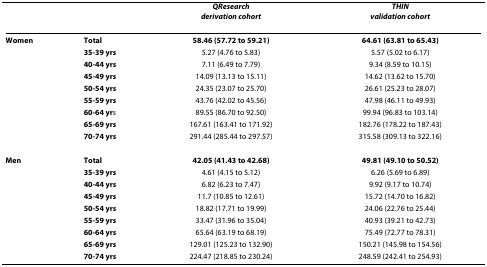
<table><thead><tr><td></td><td></td><td><b><i>QResearch</i><i>derivation cohort</i></b></td><td><b><i>THIN</i><i>validation cohort</i></b></td></tr></thead><tbody><tr><td><b>Women</b></td><td><b>Total</b></td><td><b>58.46 (57.72 to 59.21)</b></td><td><b>64.61 (63.81 to 65.43)</b></td></tr><tr><td></td><td><b>35-39 yrs</b></td><td>5.27 (4.76 to 5.83)</td><td>5.57 (5.02 to 6.17)</td></tr><tr><td></td><td><b>40-44 yrs</b></td><td>7.11 (6.49 to 7.79)</td><td>9.34 (8.59 to 10.15)</td></tr><tr><td></td><td><b>45-49 yrs</b></td><td>14.09 (13.13 to 15.11)</td><td>14.62 (13.62 to 15.70)</td></tr><tr><td></td><td><b>50-54 yrs</b></td><td>24.35 (23.07 to 25.70)</td><td>26.61 (25.23 to 28.07)</td></tr><tr><td></td><td><b>55-59 yrs</b></td><td>43.76 (42.02 to 45.56)</td><td>47.98 (46.11 to 49.93)</td></tr><tr><td></td><td><b>60-64 yr</b>s</td><td>89.55 (86.70 to 92.50)</td><td>99.94 (96.83 to 103.14)</td></tr><tr><td></td><td><b>65-69 yrs</b></td><td>167.61 (163.41 to 171.92)</td><td>182.76 (178.22 to 187.43)</td></tr><tr><td></td><td><b>70-74 yrs</b></td><td>291.44 (285.44 to 297.57)</td><td>315.58 (309.13 to 322.16)</td></tr><tr><td><b>Men</b></td><td><b>Total</b></td><td><b>42.05 (41.43 to 42.68)</b></td><td><b>49.81 (49.10 to 50.52)</b></td></tr><tr><td></td><td><b>35-39 yrs</b></td><td>4.61 (4.15 to 5.12)</td><td>6.26 (5.69 to 6.89)</td></tr><tr><td></td><td><b>40-44 yrs</b></td><td>6.82 (6.23 to 7.47)</td><td>9.92 (9.17 to 10.74)</td></tr><tr><td></td><td><b>45-49 yrs</b></td><td>11.7 (10.85 to 12.61)</td><td>15.72 (14.70 to 16.82)</td></tr><tr><td></td><td><b>50-54 yrs</b></td><td>18.82 (17.71 to 19.99)</td><td>24.06 (22.76 to 25.44)</td></tr><tr><td></td><td><b>55-59 yrs</b></td><td>33.47 (31.96 to 35.04)</td><td>40.93 (39.21 to 42.73)</td></tr><tr><td></td><td><b>60-64 yrs</b></td><td>65.64 (63.19 to 68.19)</td><td>75.49 (72.77 to 78.31)</td></tr><tr><td></td><td><b>65-69 yrs</b></td><td>129.01 (125.23 to 132.90)</td><td>150.21 (145.98 to 154.56)</td></tr><tr><td></td><td><b>70-74 yrs</b></td><td>224.47 (218.85 to 230.24)</td><td>248.59 (242.41 to 254.93)</td></tr></tbody></table>